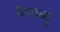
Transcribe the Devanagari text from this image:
मिराब्यु